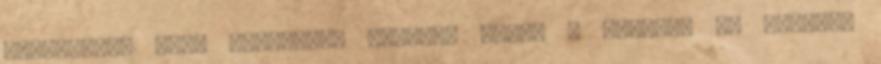
világhálón való szörfölés közben, ezért a könnyen és gyorsan